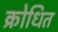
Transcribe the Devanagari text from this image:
क्रोधित